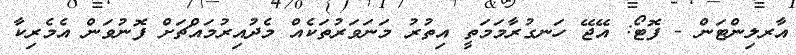
އާރލިންޓަން - ފޮޓޯ: އޭޖޭ ހަނގުރާމަމަތީ އިތުރު މަނަވަރުތަކެއް މެދުއިރުމައްޗަށް ފޮނުވަން އެމެރިކާ